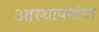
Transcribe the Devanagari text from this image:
आस्थापनांचा